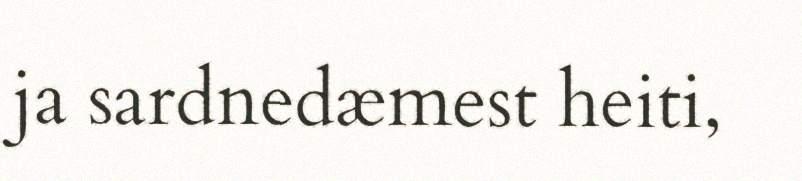
ja sardnedæmest heiti,